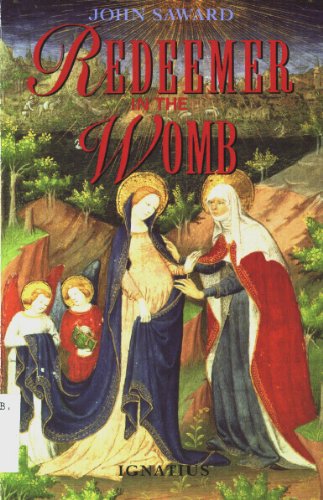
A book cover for Redeemer in the Womb: Jesus Living in Mary; John Saward; Christian Books & Bibles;